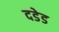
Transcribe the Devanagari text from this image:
दडेड